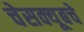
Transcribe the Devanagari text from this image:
चेसक्यूबचे